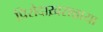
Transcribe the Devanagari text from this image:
प्रिरोदाख़रान्नाया